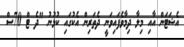
އެޝަޓަން އާއި މިލާ ދިމާވެފައިވަނީ ދެތަރިން އެކުގައި ކުޅުނު "ދެ ޓް 70ސް